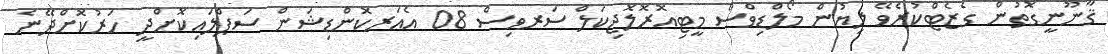
ޤާނޫނީގޮތުން ގެޒެޓްކުރެވޭ ލިޔުން މޯލްޑިވްސް މީޓިއޮރޮލޮޖިކަލް ސަރވިސް 08 އެއަރކޮންޑިޝަން ސަޕްލައިކޮށްދީ ހަރުކޮށްދޭނެ